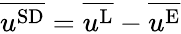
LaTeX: \overline{{u^{\textnormal{SD}}}}=\overline{{u^{\textnormal{L}}}}-\overline{{u^{\textnormal{E}}}}